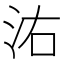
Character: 㳓